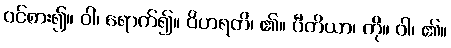
ဝင်စား၍။ ဝါ၊ ရောက်၍။ ဝိဟရတိ၊ ၏။ ပီတိယာ၊ ကို။ ဝါ၊ ၏။